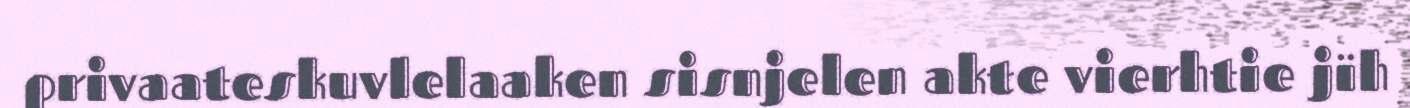
privaateskuvlelaaken sisnjelen akte vierhtie jïh